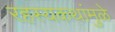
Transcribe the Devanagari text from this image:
रहस्यकथांमुळे